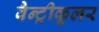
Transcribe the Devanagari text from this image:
वैन्ट्रीकूलर